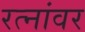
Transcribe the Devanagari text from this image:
रत्‍नांवर